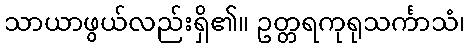
သာယာဖွယ်လည်းရှိ၏။ ဥတ္တရကုရုသင်္ကာသံ၊